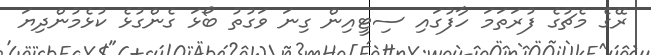
ރޭގެ މެޗުގެ ފުރަތަމަ ހާފުގައި ސިޓީއިން ގިނަ ވަގުތު ބޯޅަ ގެންގުޅެ ކުޅެމުންދިޔަ